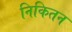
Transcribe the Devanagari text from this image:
निकितन